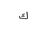
Letter: _kaf